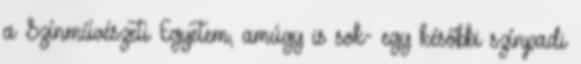
a Színművészeti Egyetem, amúgy is sok- egy későbbi színpadi